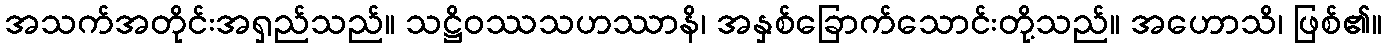
အသက်အတိုင်းအရှည်သည်။ သဋ္ဌိဝဿသဟဿာနိ၊ အနှစ်ခြောက်သောင်းတို့သည်။ အဟောသိ၊ ဖြစ်၏။